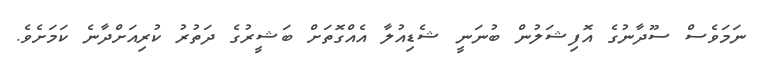
ނަމަވެސް ސޫދާނުގެ އޮފިޝަލުން ބުނަނީ ޝެޑިއުލާ އެއްގޮތަށް ބަޝީރުގެ ދަތުރު ކުރިއަށްދާނެ ކަމަށެވެ.